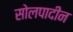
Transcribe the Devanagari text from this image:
सोलपादीन